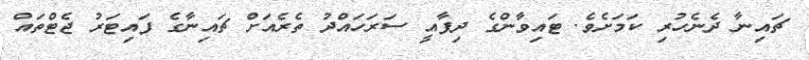
ޗައިނާ ދެެނެހުރި ކަމަށެވެ. ޓައިވާންގެ ދިފާއީ ސަރަހައްދު ތެރެއަށް ޗައިނާގެ ފައިޓަރު ޖެެޓްތައް